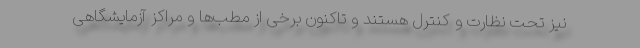
نیز تحت نظارت و کنترل هستند و تاکنون برخی از مطب‌ها و مراکز آزمایشگاهی